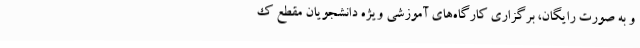
و به صورت رایگان، برگزاری کارگاه‌های آموزشی ویژه دانشجویان مقطع ک